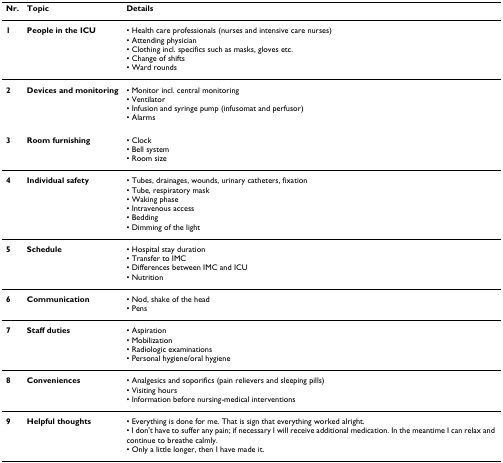
<table><thead><tr><td><b>Nr.</b></td><td><b>Topic</b></td><td><b>Details</b></td></tr></thead><tbody><tr><td><b>1</b></td><td><b>People in the ICU</b></td><td>• Health care professionals (nurses and intensive care nurses)• Attending physician• Clothing incl. specifics such as masks, gloves etc.• Change of shifts• Ward rounds</td></tr><tr><td><b>2</b></td><td><b>Devices and monitoring</b></td><td>• Monitor incl. central monitoring• Ventilator• Infusion and syringe pump (infusomat and perfusor)• Alarms</td></tr><tr><td><b>3</b></td><td><b>Room furnishing</b></td><td>• Clock• Bell system• Room size</td></tr><tr><td><b>4</b></td><td><b>Individual safety</b></td><td>• Tubes, drainages, wounds, urinary catheters, fixation• Tube, respiratory mask• Waking phase• Intravenous access• Bedding• Dimming of the light</td></tr><tr><td><b>5</b></td><td><b>Schedule</b></td><td>• Hospital stay duration• Transfer to IMC• Differences between IMC and ICU• Nutrition</td></tr><tr><td><b>6</b></td><td><b>Communication</b></td><td>• Nod, shake of the head• Pens</td></tr><tr><td><b>7</b></td><td><b>Staff duties</b></td><td>• Aspiration• Mobilization• Radiologic examinations• Personal hygiene/oral hygiene</td></tr><tr><td><b>8</b></td><td><b>Conveniences</b></td><td>• Analgesics and soporifics (pain relievers and sleeping pills)• Visiting hours• Information before nursing-medical interventions</td></tr><tr><td><b>9</b></td><td><b>Helpful thoughts</b></td><td>• Everything is done for me. That is sign that everything worked alright.• I don&#x27;t have to suffer any pain; if necessary I will receive additional medication. In the meantime I can relax and continue to breathe calmly.• Only a little longer, then I have made it.</td></tr></tbody></table>